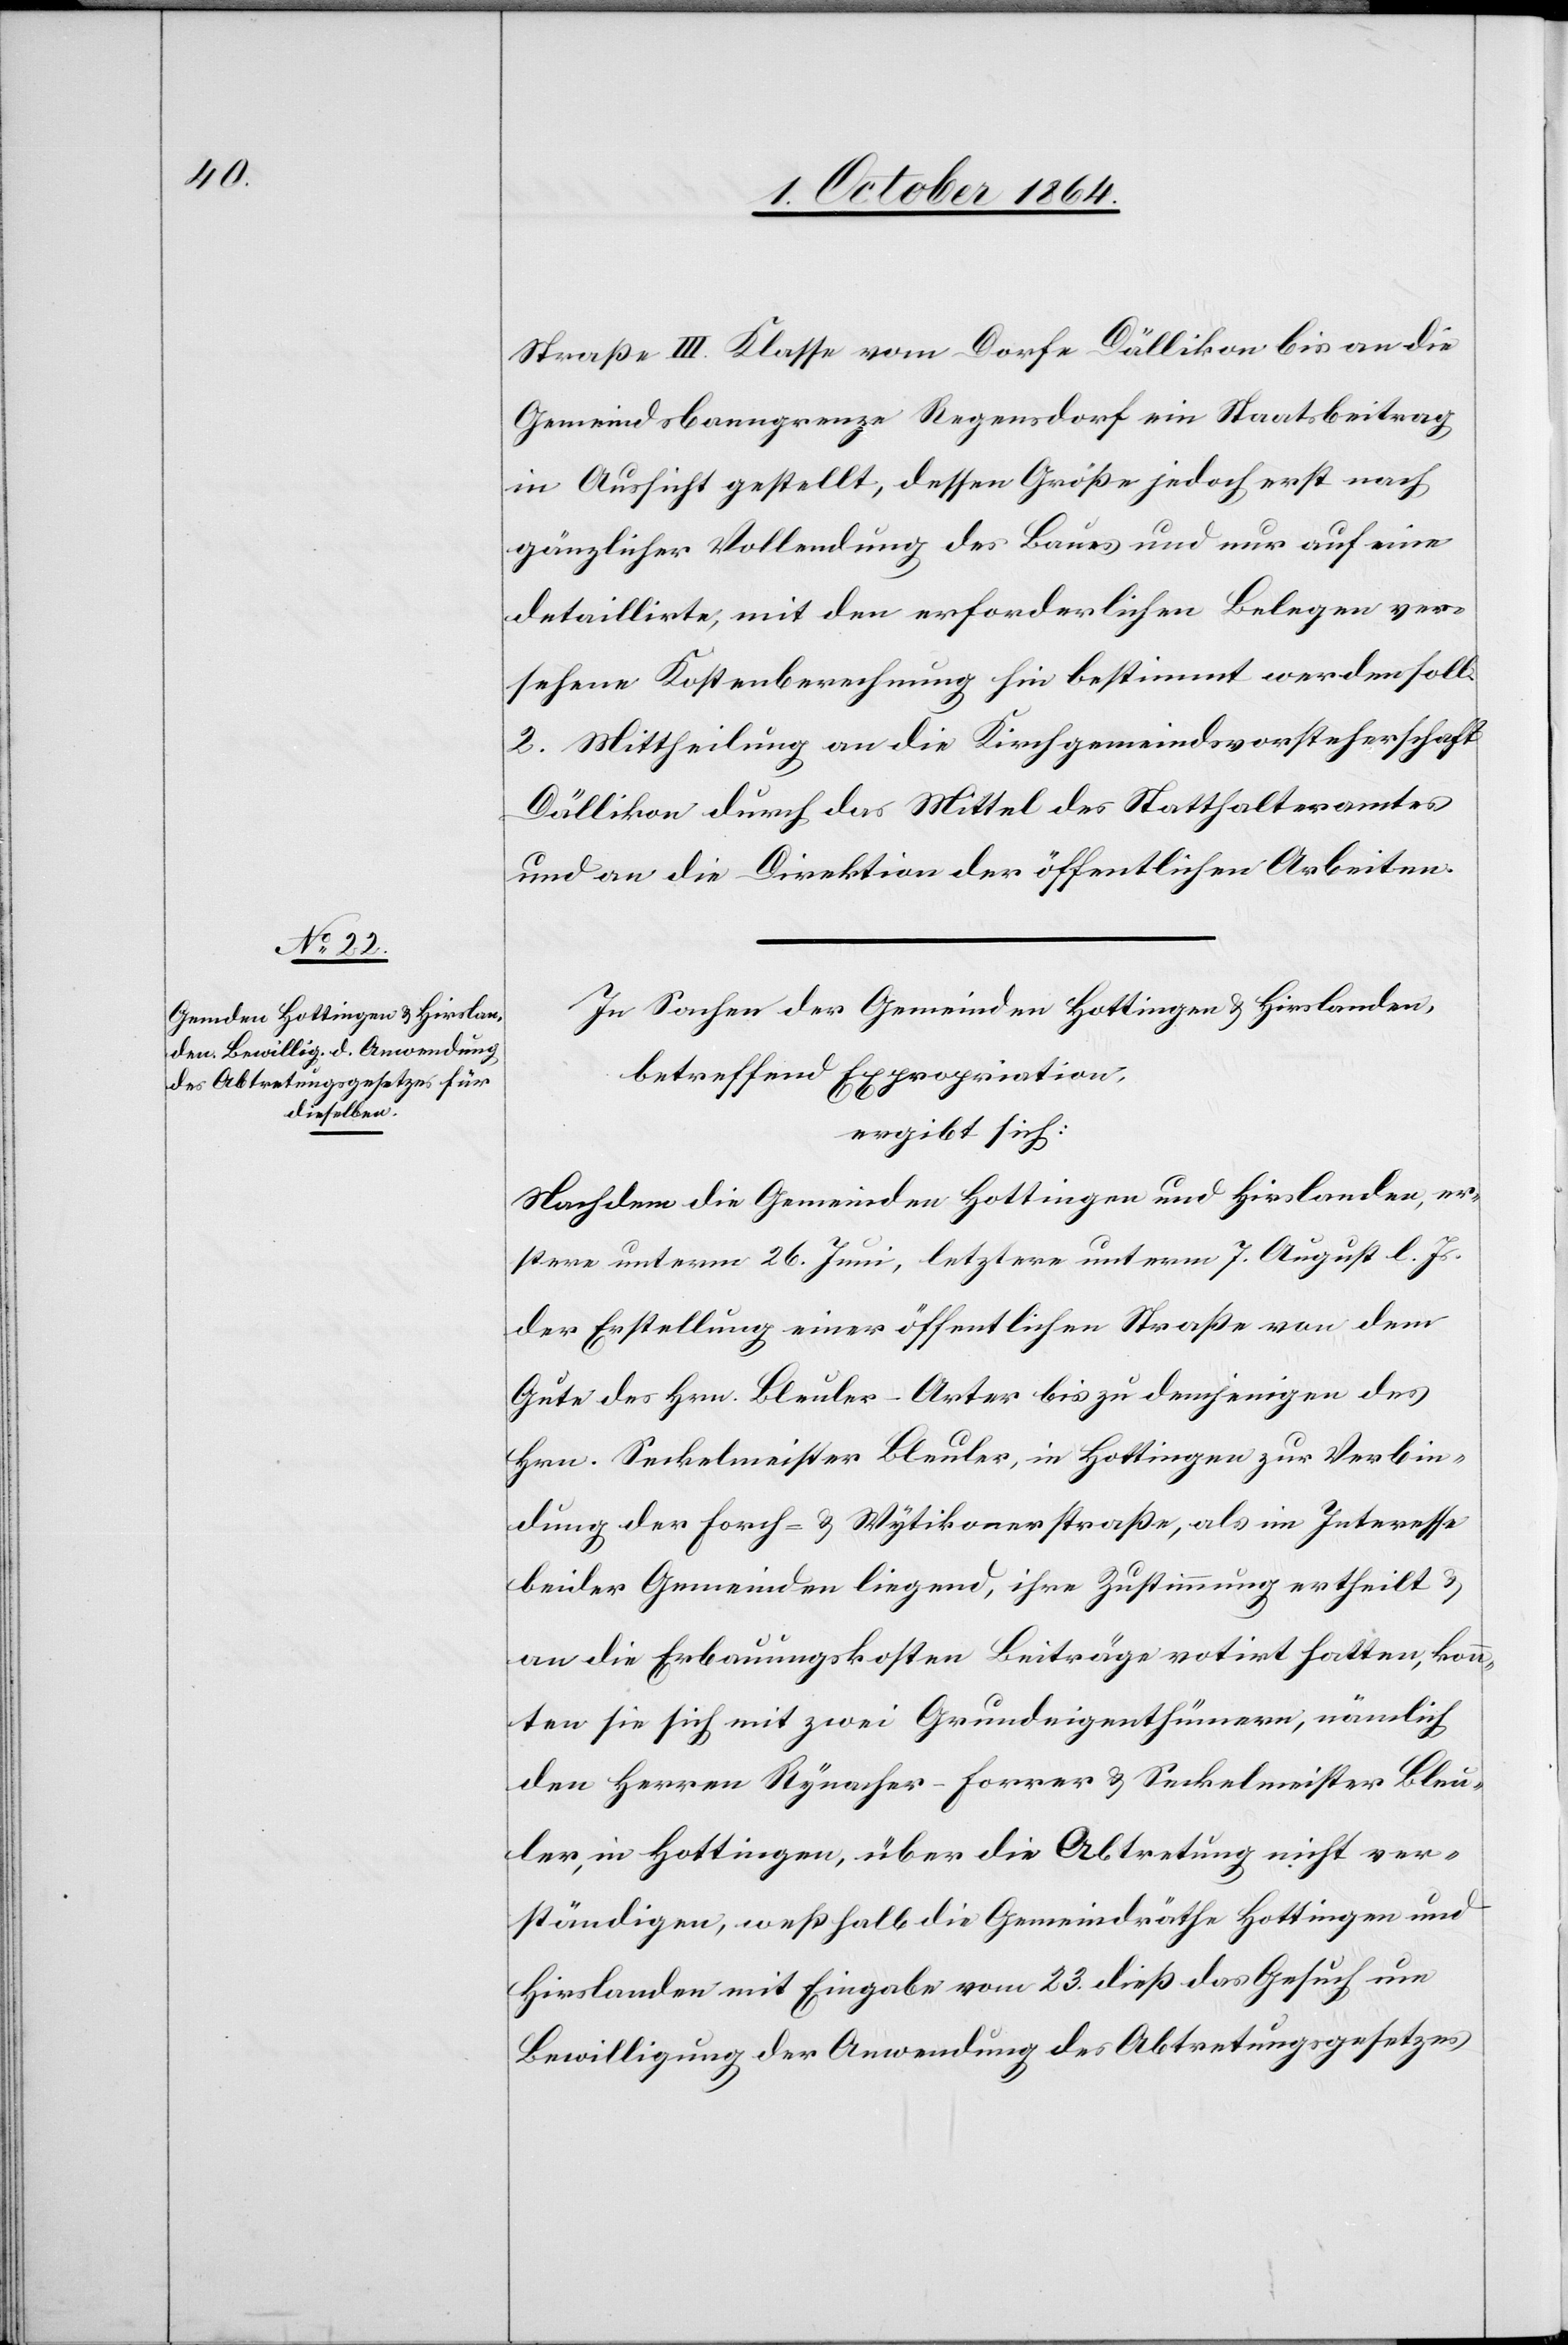
Straße III. Klasse vom Dorfe Dällikon bis an die
Gemeindsbanngrenze Regensdorf ein Staatsbeitrag
in Aussicht gestellt, dessen Größe jedoch erst nach
gänzlicher Vollendung des Baues und nur auf eine
detaillirte, mit den erforderlichen Belegen ver¬
sehene Kostenberechnung hin bestimmt werden soll.
2. Mittheilung an die Kirchgemeindsvorsteherschaft
Dällikon durch das Mittel des Statthalteramtes
und an die Direktion der öffentlichen Arbeiten.
In Sachen der Gemeinden Hottingen & Hirslanden,
betreffend Expropriation,
ergibt sich:
Nachdem die Gemeinden Hottingen und Hirslanden, er¬
stere unterm 26. Juni, letztere unterm 7. August l. Js.
der Erstellung einer öffentlichen Straße von dem
Gute des Hrn. Bleuler-Arter bis zu demjenigen des
Hrn. Seckelmeister Bleuler, in Hottingen zur Verbin¬
dung der Forch- & Wytikonerstraße, als im Interesse
beider Gemeinden liegend, ihre Zustimmung ertheilt &
an die Erbauungskosten Beiträge votirt hatten, konn¬
ten sie sich mit zwei Grundeigenthümern, nämlich
den Herren Rynacher-Forrer & Seckelmeister Bleu¬
ler, in Hottingen, über die Abtretung nicht ver¬
ständigen, weßhalb die Gemeindräthe Hottingen und
Hirslanden mit Eingabe vom 23. dieß das Gesuch um
Bewilligung der Anwendung des Abtretungsgesetzes